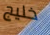
خليج